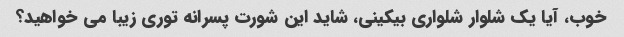
خوب، آیا یک شلوار شلواری بیکینی، شاید این شورت پسرانه توری زیبا می خواهید؟